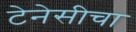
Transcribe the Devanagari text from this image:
टेनेसीचा